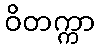
ဝိတက္ကာ